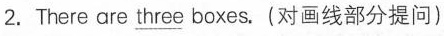
2.There are \underline{three} boxes.(对画线部分提问)